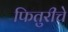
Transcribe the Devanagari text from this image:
फितुरीचे